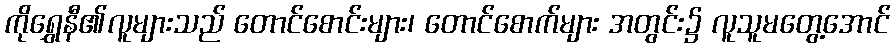
ကိုရွှေနီ၏လူများသည် တောင်စောင်းများ၊ တောင်စောက်များ အတွင်း၌ လူသူမတွေ့အောင်